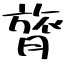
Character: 膂